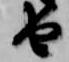
由